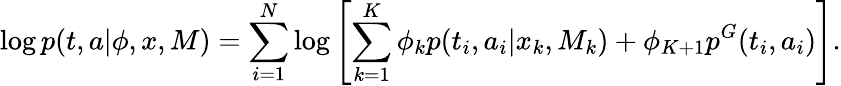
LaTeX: \log p(t,a|\phi,x,M)=\sum_{i=1}^{N}\log\left[\sum_{k=1}^{K}\phi_{k}p(t_{i},a_{i}|x_{k},M_{k})+\phi_{K+1}p^{G}(t_{i},a_{i})\right].